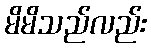
မိမိသည်လည်း